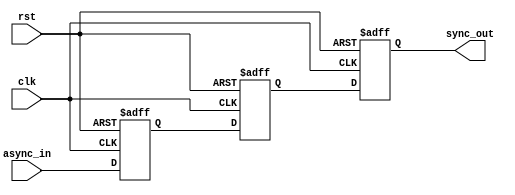
module meta_stability_filter (
    input wire clk,          // Clock signal
    input wire async_in,     // Asynchronous input signal
    input wire rst,          // Reset signal
    output reg sync_out      // Synchronized output signal
);

    // Internal signals for the two flip-flops
    reg ff1, ff2;

    // Two-stage synchronization process
    always @(posedge clk or posedge rst) begin
        if (rst) begin
            ff1 <= 1'b0;      // Initialize FF1 to 0 on reset
            ff2 <= 1'b0;      // Initialize FF2 to 0 on reset
            sync_out <= 1'b0; // Initialize sync_out to 0 on reset
        end else begin
            ff1 <= async_in;   // Sample async_in on the rising edge of clk
            ff2 <= ff1;        // Sample the output of FF1 on the next clock edge
            sync_out <= ff2;   // Output the value of FF2
        end
    end

endmodule